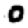
Digit: 0